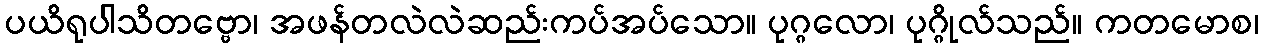
ပယိရုပါသိတဗ္ဗော၊ အဖန်တလဲလဲဆည်းကပ်အပ်သော။ ပုဂ္ဂလော၊ ပုဂ္ဂိုလ်သည်။ ကတမောစ၊